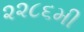
૨૨૮૬મી